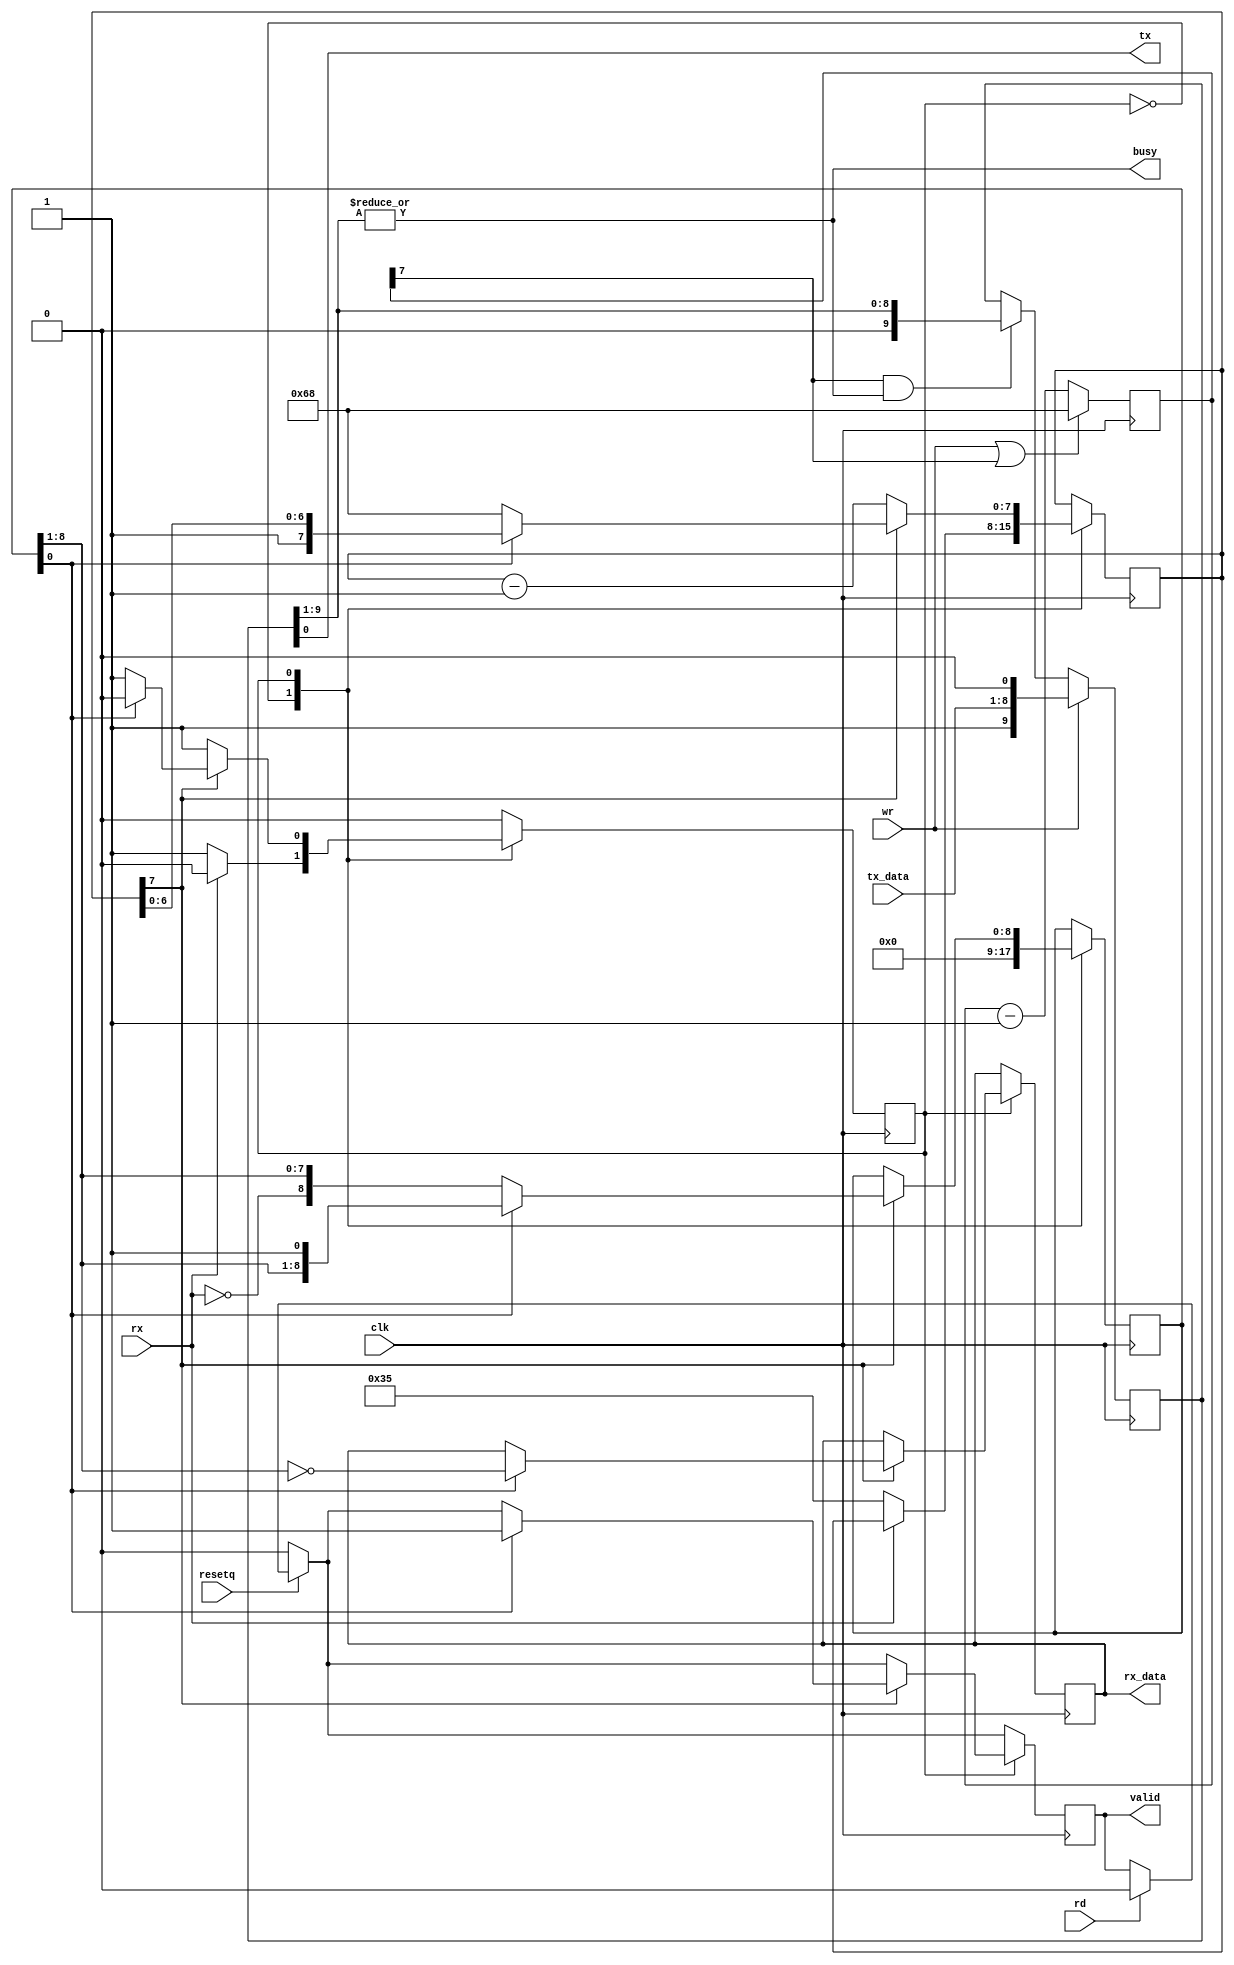
/*************************************************************************************/

/**********************************************************************************************************/
                     // UART
/**********************************************************************************************************/
// `include "uart.v"           // The UART (serial port over USB)
`define NRV_FREQ 12            // Validating on icesugar-nano

module buart #(
  parameter FREQ_MHZ = 12,
  parameter BAUDS    = 115200
) (
    input clk,
    input resetq,

    output tx,
    input  rx,

    input  wr,
    input  rd,
    input  [7:0] tx_data,
    output [7:0] rx_data,

    output busy,
    output valid
);

   /************** Baud frequency constants ******************/

    parameter divider = FREQ_MHZ * 1000000 / BAUDS;
    parameter divwidth = $clog2(divider);

    parameter baud_init = divider;
    parameter half_baud_init = divider/2+1;

   /************* Receiver ***********************************/

    // Trick from Olof Kindgren: use n+1 bit and decrement instead of
    // incrementing, and test the sign bit.

    reg [divwidth:0] recv_divcnt;
    wire recv_baud_clk = recv_divcnt[divwidth];

    reg recv_state;
    reg [8:0] recv_pattern;
    reg [7:0] recv_buf_data;
    reg recv_buf_valid;

    assign rx_data = recv_buf_data;
    assign valid = recv_buf_valid;


    always @(posedge clk) begin

       if (rd) recv_buf_valid <= 0;
 
       if (!resetq) recv_buf_valid <= 0;

       case (recv_state)

         0: begin
               if (!rx) begin
                 recv_state <= 1;
		 /* verilator lint_off WIDTH */
                 recv_divcnt <= half_baud_init;
		 /* verilator lint_on WIDTH */
               end
               recv_pattern <= 0;
            end

         1: begin
               if (recv_baud_clk) begin

                 // Inverted start bit shifted through the whole register 
		 // The idea is to use the start bit as marker 
		 // for "reception complete", 
		 // but as initialising registers to 10'b1_11111111_1 
		 // is more costly than using zero, 
		 // it is done with inverted logic. 
                 if (recv_pattern[0]) begin
                   recv_buf_data  <= ~recv_pattern[8:1];
                   recv_buf_valid <= 1;
                   recv_state <= 0;
                 end else begin
                   recv_pattern <= {~rx, recv_pattern[8:1]};
		   /* verilator lint_off WIDTH */		    
                   recv_divcnt <= baud_init;
		   /* verilator lint_on WIDTH */
                 end
               end else recv_divcnt <= recv_divcnt - 1;
            end

       endcase
    end

   /************* Transmitter ******************************/

    reg [divwidth:0] send_divcnt;
    wire send_baud_clk  = send_divcnt[divwidth];

    reg [9:0] send_pattern;
    assign tx = send_pattern[0];
    assign busy = |send_pattern[9:1];

    // The transmitter shifts until the stop bit is on the wire, 
    // and stops shifting then.
    always @(posedge clk) begin
       if (wr) send_pattern <= {1'b1, tx_data[7:0], 1'b0};
       else if (send_baud_clk & busy) send_pattern <= send_pattern >> 1;
       /* verilator lint_off WIDTH */		    
       if (wr | send_baud_clk) send_divcnt <= baud_init;
                          else send_divcnt <= send_divcnt - 1;
       /* verilator lint_on WIDTH */		           
    end

endmodule

module UART(
    input wire 	       clk,      // system clock
    input wire 	       rstrb,    // read strobe		
    input wire 	       wstrb,    // write strobe
    input wire 	       sel_dat,  // select data reg (rw)
    input wire 	       sel_cntl, // select control reg (r) 	       	    
    input wire [31:0]  wdata,    // data to be written
    output wire [31:0] rdata,    // data read

    input wire 	       RXD, // UART pins
    output wire        TXD,

    output reg         brk  // goes high one cycle when <ctrl><C> is pressed. 	    
);

wire [7:0] rx_data;
wire [7:0] tx_data;
wire serial_tx_busy;
wire serial_valid;

buart #(
  .FREQ_MHZ(`NRV_FREQ),
  .BAUDS(115200)
) the_buart (
   .clk(clk),
   .resetq(!brk),
   .tx(TXD),
   .rx(RXD),
   .tx_data(wdata[7:0]),
   .rx_data(rx_data),
   .busy(serial_tx_busy),
   .valid(serial_valid),
   .wr(sel_dat && wstrb),
   .rd(sel_dat && rstrb) 
);

assign rdata =   sel_dat  ? {22'b0, serial_tx_busy, serial_valid, rx_data} 
               : sel_cntl ? {22'b0, serial_tx_busy, serial_valid, 8'b0   } 
               : 32'b0;   

always @(posedge clk) begin
   brk <= serial_valid && (rx_data == 8'd3);
end

endmodule